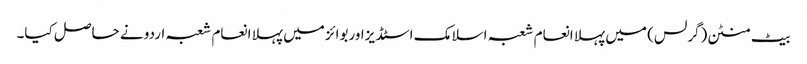
بیٹ منٹن(گرلس) میں پہلا انعام شعبہ اسلامک اسٹڈیزاوربوائز میں پہلا انعام شعبہ اردو نے حاصل کیا۔